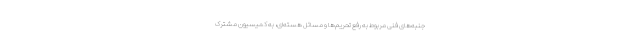
جنبه‌های فنی مربوط به رفع تحریم‌ها و مسائل هسته‌ای، به کمیسیون مشترک